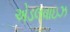
એડલવાઇઝ